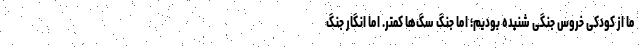
ما از کودکی خروس جنگی شنیده بودیم؛ اما جنگ سگ‌ها کمتر. اما انگار جنگ